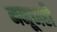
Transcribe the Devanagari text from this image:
मनूनही